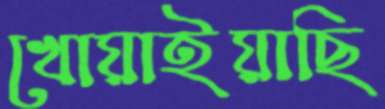
খোয়াইয়াছি